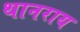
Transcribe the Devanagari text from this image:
थानराय